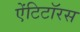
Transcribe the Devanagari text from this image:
ऐंटिटॉरस